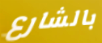
بالشارع